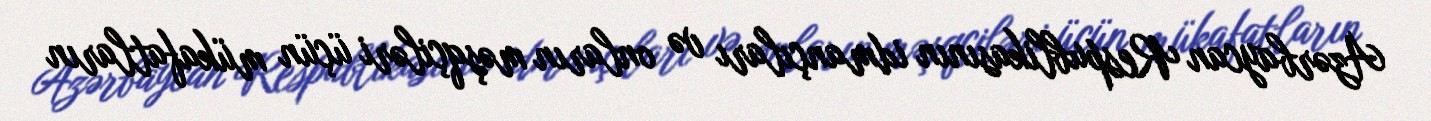
Azərbaycan Respublikasının idmançıları və onların məşqçiləri üçün mükafatların